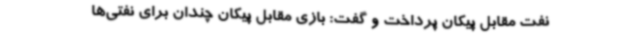
نفت مقابل پیکان پرداخت و گفت: بازی مقابل پیکان چندان برای نفتی‌ها